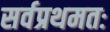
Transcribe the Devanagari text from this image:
सर्वप्रथमतः